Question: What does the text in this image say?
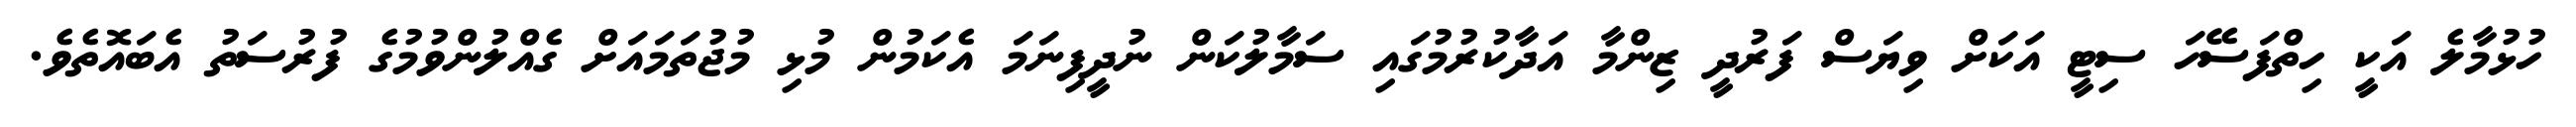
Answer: ހުޅުމާލެ އަކީ ހިތްފަސޭހަ ސިޓީ އަކަށް ވިޔަސް ފަރުދީ ޒިންމާ އަދާކުރުމުގައި ސަމާލުކަން ނުދީފިނަމަ އެކަމުން މުޅި މުޖުތަމައަށް ގެއްލުންވުމުގެ ފުރުސަތު އެބައޮތެވެ.